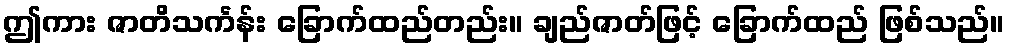
ဤကား ဇာတိသင်္ကန်း ခြောက်ထည်တည်း။ ချည်ဇာတ်ဖြင့် ခြောက်ထည် ဖြစ်သည်။